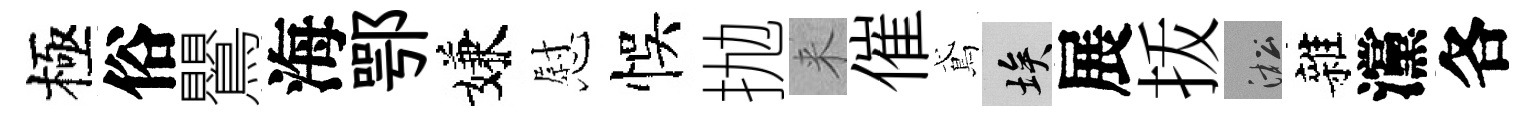
極俗鸎海鄂嫌慰悞抛来催鳶埃展㧞淞雜灙各